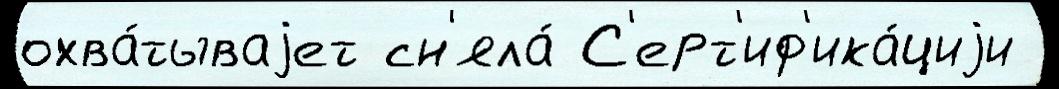
охва́тываjет сн'яла́ С'ерт'иф'ика́циjи